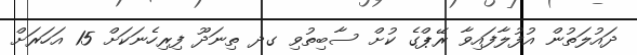
ދައުލަތުން އުފުލާފައިވާ ރޭޕްގެ ކުށް ސާބިތުވި ގދ ތިނަދޫ ފިރިހެނަކަށް 15 އަހަރަށް